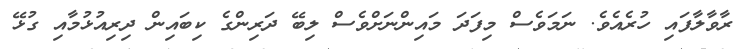
ރާވާލާފައި ހުރެއެވެ. ނަމަވެސް މިފަދަ މައިންނަށްވެސް ލިބޭ ދަރިންގެ ކިބައިން ދިރިއުޅުމާއި ގުޅޭ